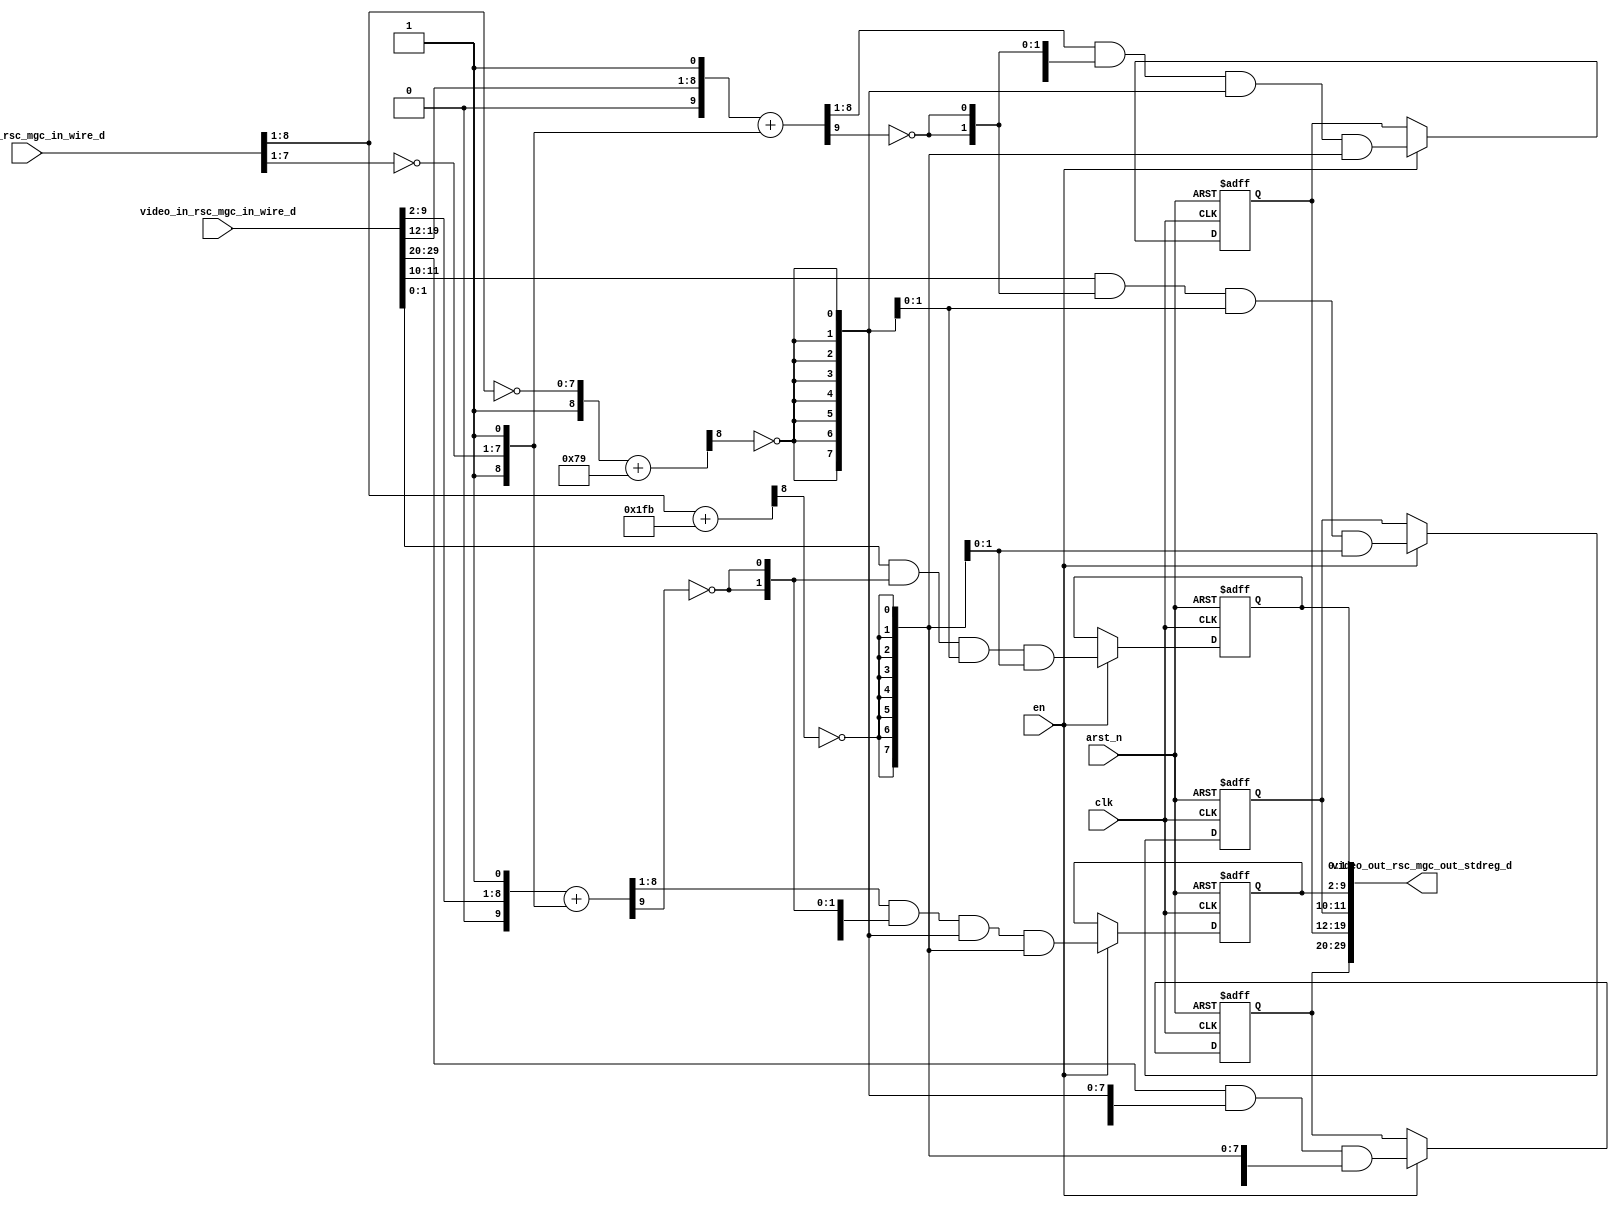
module red_tint_core (
  clk, en, arst_n, video_in_rsc_mgc_in_wire_d, video_out_rsc_mgc_out_stdreg_d, mouse_xy_rsc_mgc_in_wire_d
);
  input clk;
  input en;
  input arst_n;
  input [29:0] video_in_rsc_mgc_in_wire_d;
  output [29:0] video_out_rsc_mgc_out_stdreg_d;
  input [19:0] mouse_xy_rsc_mgc_in_wire_d;


  // Interconnect Declarations
  reg [9:0] reg_video_out_rsc_mgc_out_stdreg_d_tmp;
  reg [7:0] reg_video_out_rsc_mgc_out_stdreg_d_tmp_1;
  reg [1:0] reg_video_out_rsc_mgc_out_stdreg_d_tmp_2;
  reg [7:0] reg_video_out_rsc_mgc_out_stdreg_d_tmp_3;
  reg [1:0] reg_video_out_rsc_mgc_out_stdreg_d_tmp_4;
  wire [9:0] else_else_acc_itm;
  wire [10:0] nl_else_else_acc_itm;
  wire [9:0] else_else_acc_3_itm;
  wire [10:0] nl_else_else_acc_3_itm;
  wire [8:0] acc_itm;
  wire [9:0] nl_acc_itm;
  wire [8:0] else_acc_itm;
  wire [9:0] nl_else_acc_itm;


  // Interconnect Declarations for Component Instantiations 
  assign video_out_rsc_mgc_out_stdreg_d = {reg_video_out_rsc_mgc_out_stdreg_d_tmp
      , reg_video_out_rsc_mgc_out_stdreg_d_tmp_1 , reg_video_out_rsc_mgc_out_stdreg_d_tmp_2
      , reg_video_out_rsc_mgc_out_stdreg_d_tmp_3 , reg_video_out_rsc_mgc_out_stdreg_d_tmp_4};
  assign nl_else_else_acc_itm = conv_u2s_9_10({(video_in_rsc_mgc_in_wire_d[9:2])
      , 1'b1}) + conv_s2s_9_10({1'b1 , (~ (mouse_xy_rsc_mgc_in_wire_d[7:1])) , 1'b1});
  assign else_else_acc_itm = nl_else_else_acc_itm[9:0];
  assign nl_else_else_acc_3_itm = conv_u2s_9_10({(video_in_rsc_mgc_in_wire_d[19:12])
      , 1'b1}) + conv_s2s_9_10({1'b1 , (~ (mouse_xy_rsc_mgc_in_wire_d[7:1])) , 1'b1});
  assign else_else_acc_3_itm = nl_else_else_acc_3_itm[9:0];
  assign nl_acc_itm = conv_u2s_8_9(mouse_xy_rsc_mgc_in_wire_d[8:1]) + 9'b111111011;
  assign acc_itm = nl_acc_itm[8:0];
  assign nl_else_acc_itm = ({1'b1 , (~ (mouse_xy_rsc_mgc_in_wire_d[8:1]))}) + 9'b1111001;
  assign else_acc_itm = nl_else_acc_itm[8:0];
  always @(posedge clk or negedge arst_n) begin
    if ( ~ arst_n ) begin
      reg_video_out_rsc_mgc_out_stdreg_d_tmp <= 10'b0;
      reg_video_out_rsc_mgc_out_stdreg_d_tmp_1 <= 8'b0;
      reg_video_out_rsc_mgc_out_stdreg_d_tmp_2 <= 2'b0;
      reg_video_out_rsc_mgc_out_stdreg_d_tmp_3 <= 8'b0;
      reg_video_out_rsc_mgc_out_stdreg_d_tmp_4 <= 2'b0;
    end
    else begin
      if ( en ) begin
        reg_video_out_rsc_mgc_out_stdreg_d_tmp <= (video_in_rsc_mgc_in_wire_d[29:20])
            & (signext_10_1(~ (else_acc_itm[8]))) & (signext_10_1(~ (acc_itm[8])));
        reg_video_out_rsc_mgc_out_stdreg_d_tmp_1 <= (else_else_acc_3_itm[8:1]) &
            (signext_8_1(~ (else_else_acc_3_itm[9]))) & (signext_8_1(~ (else_acc_itm[8])))
            & (signext_8_1(~ (acc_itm[8])));
        reg_video_out_rsc_mgc_out_stdreg_d_tmp_2 <= (video_in_rsc_mgc_in_wire_d[11:10])
            & (signext_2_1(~ (else_else_acc_3_itm[9]))) & (signext_2_1(~ (else_acc_itm[8])))
            & (signext_2_1(~ (acc_itm[8])));
        reg_video_out_rsc_mgc_out_stdreg_d_tmp_3 <= (else_else_acc_itm[8:1]) & (signext_8_1(~
            (else_else_acc_itm[9]))) & (signext_8_1(~ (else_acc_itm[8]))) & (signext_8_1(~
            (acc_itm[8])));
        reg_video_out_rsc_mgc_out_stdreg_d_tmp_4 <= (video_in_rsc_mgc_in_wire_d[1:0])
            & (signext_2_1(~ (else_else_acc_itm[9]))) & (signext_2_1(~ (else_acc_itm[8])))
            & (signext_2_1(~ (acc_itm[8])));
      end
    end
  end

  function [9:0] signext_10_1;
    input [0:0] vector;
  begin
    signext_10_1= {{9{vector[0]}}, vector};
  end
  endfunction


  function [7:0] signext_8_1;
    input [0:0] vector;
  begin
    signext_8_1= {{7{vector[0]}}, vector};
  end
  endfunction


  function [1:0] signext_2_1;
    input [0:0] vector;
  begin
    signext_2_1= {{1{vector[0]}}, vector};
  end
  endfunction


  function signed [9:0] conv_u2s_9_10 ;
    input [8:0]  vector ;
  begin
    conv_u2s_9_10 = {1'b0, vector};
  end
  endfunction


  function signed [9:0] conv_s2s_9_10 ;
    input signed [8:0]  vector ;
  begin
    conv_s2s_9_10 = {vector[8], vector};
  end
  endfunction


  function signed [8:0] conv_u2s_8_9 ;
    input [7:0]  vector ;
  begin
    conv_u2s_8_9 = {1'b0, vector};
  end
  endfunction

endmodule
module red_tint (
  video_in_rsc_z, video_out_rsc_z, mouse_xy_rsc_z, clk, en, arst_n
);
  input [29:0] video_in_rsc_z;
  output [29:0] video_out_rsc_z;
  input [19:0] mouse_xy_rsc_z;
  input clk;
  input en;
  input arst_n;


  // Interconnect Declarations
  wire [29:0] video_in_rsc_mgc_in_wire_d;
  wire [29:0] video_out_rsc_mgc_out_stdreg_d;
  wire [19:0] mouse_xy_rsc_mgc_in_wire_d;


  // Interconnect Declarations for Component Instantiations 
  mgc_in_wire #(.rscid(1),
  .width(30)) video_in_rsc_mgc_in_wire (
      .d(video_in_rsc_mgc_in_wire_d),
      .z(video_in_rsc_z)
    );
  mgc_out_stdreg #(.rscid(2),
  .width(30)) video_out_rsc_mgc_out_stdreg (
      .d(video_out_rsc_mgc_out_stdreg_d),
      .z(video_out_rsc_z)
    );
  mgc_in_wire #(.rscid(3),
  .width(20)) mouse_xy_rsc_mgc_in_wire (
      .d(mouse_xy_rsc_mgc_in_wire_d),
      .z(mouse_xy_rsc_z)
    );
  red_tint_core red_tint_core_inst (
      .clk(clk),
      .en(en),
      .arst_n(arst_n),
      .video_in_rsc_mgc_in_wire_d(video_in_rsc_mgc_in_wire_d),
      .video_out_rsc_mgc_out_stdreg_d(video_out_rsc_mgc_out_stdreg_d),
      .mouse_xy_rsc_mgc_in_wire_d(mouse_xy_rsc_mgc_in_wire_d)
    );
endmodule